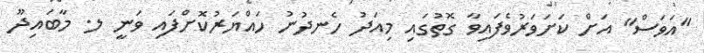
"އަވަސް" އަށް ކަށަވަރުވެފައިވާ ގޮތުގައި މިއަދު ހެނދުނު ހައްޔަރުކޮށްފައި ވަނީ ލ. މާބައިދޫ